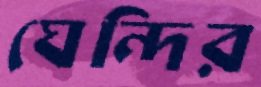
ঘেন্দির